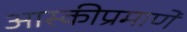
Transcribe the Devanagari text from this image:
आस्कीप्रमाणे